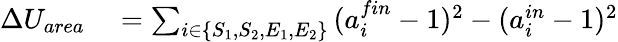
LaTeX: \begin{array}{rl}{\Delta U_{area}}&{{}=\sum_{i\in\{ S_{1},S_{2},E_{1},E_{2}\} }{(a_{i}^{fin}-1)^{2}-(a_{i}^{in}-1)^{2}}}\end{array}